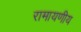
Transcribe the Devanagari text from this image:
रामायणीय